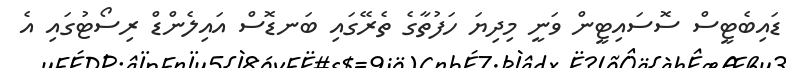
ޑައިބެޓީސް ސޮސައިޓީން ވަނީ މިދިޔަ ހަފުތާގެ ތެރޭގައި ބަނޑޮސް އައިލެންޑް ރިސޯޓުގައި އެ